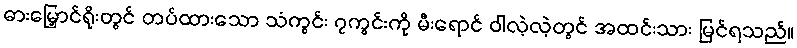
ဓားမြှောင်ရိုးတွင် တပ်ထားသော သံကွင်း ၇ကွင်းကို မီးရောင် ဝါလဲ့လဲ့တွင် အထင်းသား မြင်ရသည်။